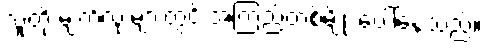
သူတို့ မျက်လုံးများတွင် အကြည့်တစ်မျိုး ပေါ်နေသည်။